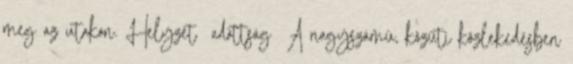
meg az utakon. Helyzet adottság ▪A nagyszámú, közúti közlekedésben